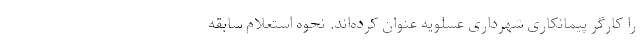
را کارگر پیمانکاری شهرداری عسلویه عنوان کرده‌اند. نحوه استعلام سابقه